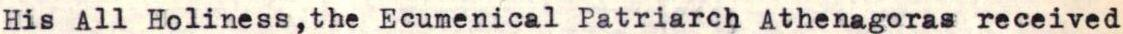
His All Holiness,the Ecumenical Patriarch Athenagoras received